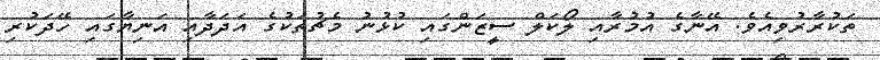
ތަކުރާރުވިއެވެ. އޭނާގެ އުމުރާއި ލޯކަލް ސީޒަންގައި ކުޅުނު މެޗުތަކުގެ އަދަދާއި އަނިޔާގައި ހޭދަކުރި